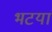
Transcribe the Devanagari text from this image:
भटयां